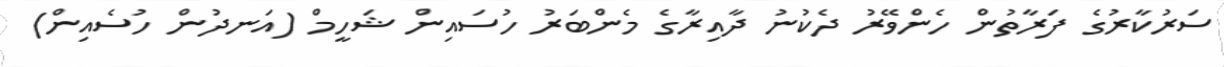
ސަރުކާރުގެ ފަރާތުން ހެންވޭރު ދެކުނު ދާއިރާގެ މެންބަރު ހުސައިން ޝަހީމް (އަނދުން ހުސެއިން)